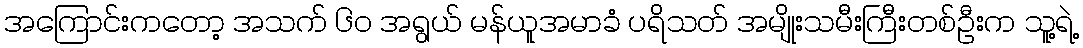
အကြောင်းကတော့ အသက် ၆၀ အရွယ် မန်ယူအမာခံ ပရိသတ် အမျိုးသမီးကြီးတစ်ဦးက သူ့ရဲ့